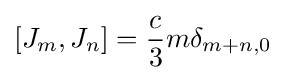
[J_{m},J_{n}]={c \over 3}m\delta _{m+n,0}